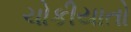
ચોકીયાતો